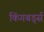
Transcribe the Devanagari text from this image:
किंगबर्ड्स